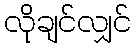
လိုချင်လျှင်